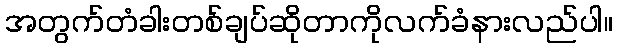
အတွက်တံခါးတစ်ချပ်ဆိုတာကိုလက်ခံနားလည်ပါ။